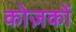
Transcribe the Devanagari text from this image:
कोज़कों